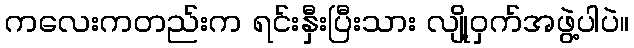
ကလေးကတည်းက ရင်းနှီးပြီးသား လျို့ဝှက်အဖွဲ့ပါပဲ။